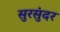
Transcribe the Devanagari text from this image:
सुरसुंदर